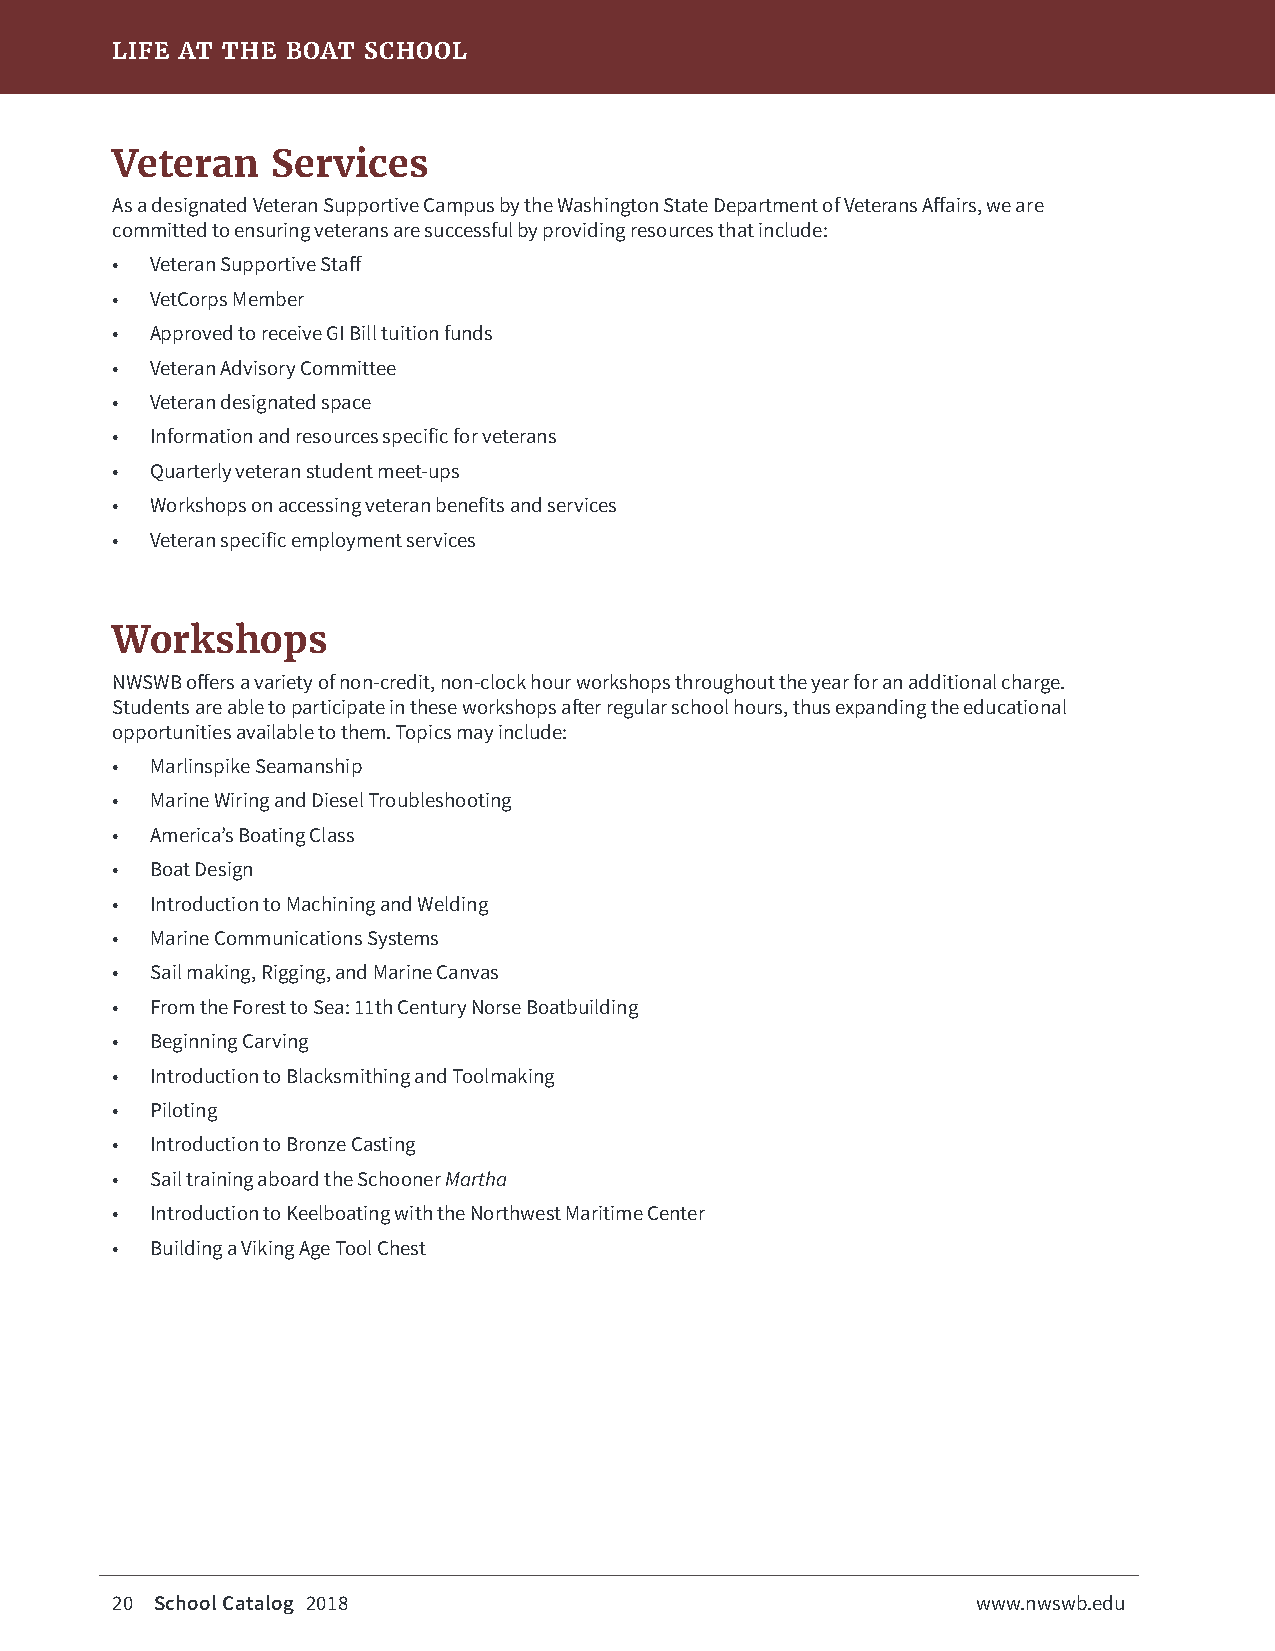
LIFE AT THE BOAT SCHOOL
 Veteran    Services
 As a designated Veteran Supportive Campus by the Washington State Department of Veterans Affairs, we are
 committed to ensuring veterans are successful by providing resources that include:
 •  Veteran Supportive Staff
 •  VetCorps Member
 •  Approved to receive GI Bill tuition funds
 •  Veteran Advisory Committee
 •  Veteran designated space
 •  Information and resources specific for veterans
 •  Quarterly veteran student meet-ups
 •  Workshops on accessing veteran benefits and services
 •  Veteran specific employment services
 Workshops
 NWSWB offers a variety of non-credit, non-clock hour workshops throughout the year for an additional charge.
 Students are able to participate in these workshops after regular school hours, thus expanding the educational
 opportunities available to them. Topics may include:
 •  Marlinspike Seamanship
 •  Marine Wiring and Diesel Troubleshooting
 •  America’s Boating Class
 •  Boat Design
 •  Introduction to Machining and Welding
 •  Marine Communications Systems
 •  Sail making, Rigging, and Marine Canvas
 •  From the Forest to Sea: 11th Century Norse Boatbuilding
 •  Beginning Carving
 •  Introduction to Blacksmithing and Toolmaking
 •  Piloting
 •  Introduction to Bronze Casting
 •  Sail training aboard the Schooner Martha
 •  Introduction to Keelboating with the Northwest Maritime Center
 •  Building a Viking Age Tool Chest
 20 School Catalog 2018                                    www.nwswb.edu